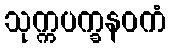
သုက္ကပက္ခနဝကံ